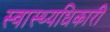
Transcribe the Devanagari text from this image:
स्वास्थ्यधिकारी